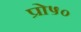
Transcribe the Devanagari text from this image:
प्रो५०